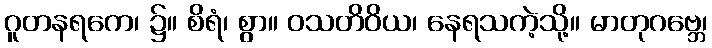
ဂူတနရကေ၊ ၌။ စိရံ၊ စွာ။ ဝသတိဝိယ၊ နေရသကဲ့သို့။ မာတုဂဗ္ဘေ၊